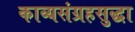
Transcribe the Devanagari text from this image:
काव्यसंग्रहसुद्धा